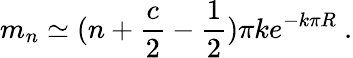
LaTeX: m_{n}\simeq(n+\frac{c}{2}-\frac{1}{2})\pi ke^{-k\pi R}~.